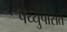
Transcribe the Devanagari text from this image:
पर्य्युपासत